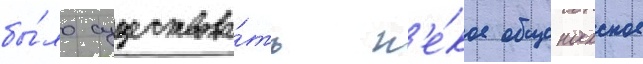
бы́ло существова́ть н'е́кое общенахское